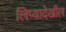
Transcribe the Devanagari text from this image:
लिप्यादेखील